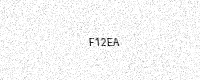
Text: F12EA